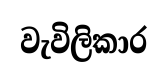
වැවිලිකාර